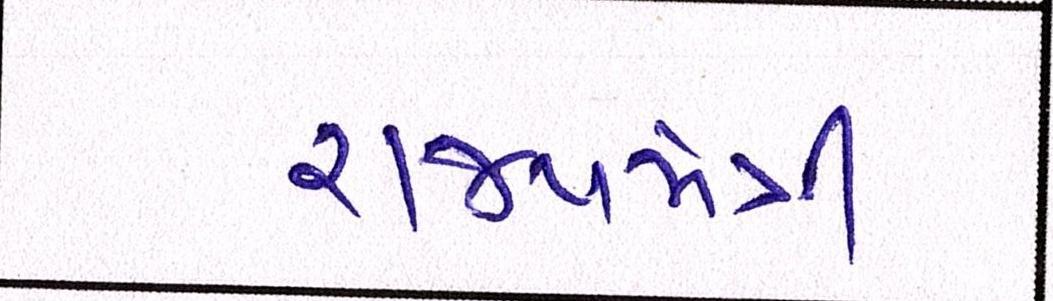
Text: રાજ્યમંત્રી